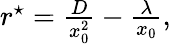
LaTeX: \begin{array}{r}{r^{\star}=\frac{D}{x_{0}^{2}}-\frac{\lambda}{x_{0}},}\end{array}